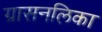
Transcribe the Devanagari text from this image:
ग्रासनलिका